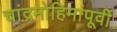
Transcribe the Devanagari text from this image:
चांद्रमोहिमांपूर्वी